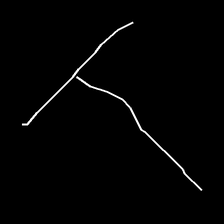
Glyph: column